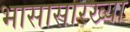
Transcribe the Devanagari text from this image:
भासासारख्या